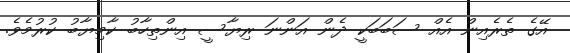
އޭގެ ތެރެއިން އެއް ސަބަބަކީ ދެން އަންނަ ރިޔާސީ އިންތިހާބު ކާމިޔާބު ކުރުމެވެ.